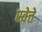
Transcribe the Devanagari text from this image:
स्वेत्ते